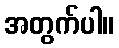
အတွက်ပါ။